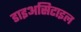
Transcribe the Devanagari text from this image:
डाइअसिटाइल